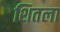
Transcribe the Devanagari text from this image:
शितला